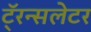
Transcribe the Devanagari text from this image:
टॅ्रन्सलेटर